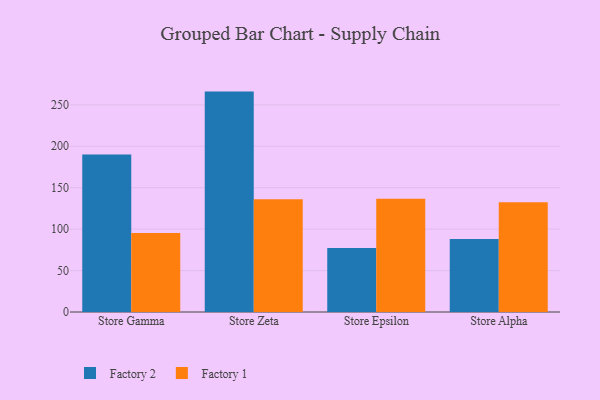
{"axis": {"x": "Store", "y": "Revenue (USD Million)"}, "legend": ["Factory 1", "Factory 2"], "data": [{"x": "Store Gamma", "y": 190.1, "type": "Factory 2"}, {"x": "Store Gamma", "y": 95.4, "type": "Factory 1"}, {"x": "Store Zeta", "y": 266.0, "type": "Factory 2"}, {"x": "Store Zeta", "y": 136.0, "type": "Factory 1"}, {"x": "Store Epsilon", "y": 77.1, "type": "Factory 2"}, {"x": "Store Epsilon", "y": 136.7, "type": "Factory 1"}, {"x": "Store Alpha", "y": 88.2, "type": "Factory 2"}, {"x": "Store Alpha", "y": 132.6, "type": "Factory 1"}]}